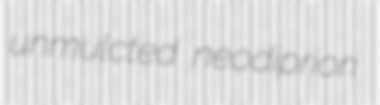
unmulcted neodiprion